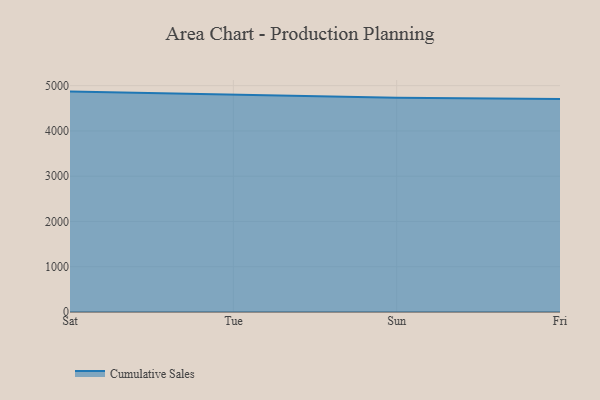
{"axis": {"x": "Day", "y": "Shipments"}, "legend": ["Cumulative Sales"], "data": [{"x": "Sat", "y": 4869.2, "type": "Cumulative Sales"}, {"x": "Tue", "y": 4808.7, "type": "Cumulative Sales"}, {"x": "Sun", "y": 4735.1, "type": "Cumulative Sales"}, {"x": "Fri", "y": 4704.2, "type": "Cumulative Sales"}]}